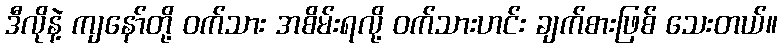
ဒီလိုနဲ့ ကျနော်တို့ ဝက်သား အစိမ်းရလို့ ဝက်သားဟင်း ချက်စားဖြစ် သေးတယ်။